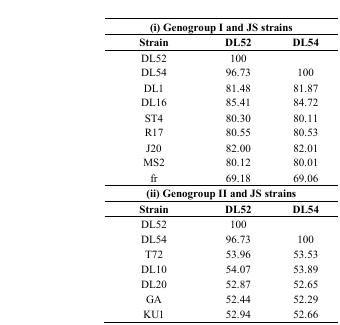
| <COLSPAN=3> (i) Genogroup I and JS strains |
 | Strain | DL52 | DL54 |
 | --- | --- | --- |
 | DL52 | 100 |  |
 | DL54 | 96.73 | 100 |
 | DL1 | 81.48 | 81.87 |
 | DL16 | 85.41 | 84.72 |
 | ST4 | 80.30 | 80.11 |
 | R17 | 80.55 | 80.53 |
 | J20 | 82.00 | 82.01 |
 | MS2 | 80.12 | 80.01 |
 | fr | 69.18 | 69.06 |
 | <COLSPAN=3> (ii) Genogroup II and JS strains |
 | Strain | DL52 | DL54 |
 | DL52 | 100 |  |
 | DL54 | 96.73 | 100 |
 | T72 | 53.96 | 53.53 |
 | DL10 | 54.07 | 53.89 |
 | DL20 | 52.87 | 52.65 |
 | GA | 52.44 | 52.29 |
 | KU1 | 52.94 | 52.66 |